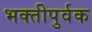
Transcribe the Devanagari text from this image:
भक्‍तीपुर्वक